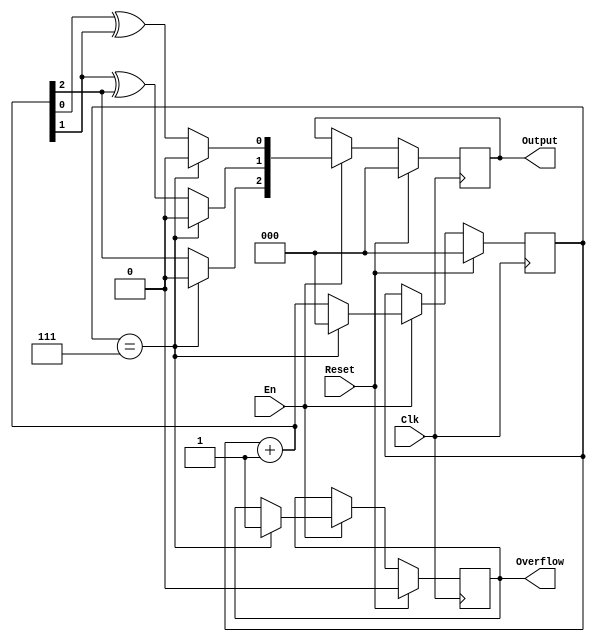
`timescale 1ns / 1ps
//////////////////////////////////////////////////////////////////////////////////
// Company: 
// Engineer: 
// 
// Design Name: 
// Module Name:    gray 
// Project Name: 
// Target Devices: 
// Tool versions: 
// Description: 
//
// Dependencies: 
//
// Revision: 
// Revision 0.01 - File Created
// Additional Comments: 
//
//////////////////////////////////////////////////////////////////////////////////
module gray(
    input Clk,
    input Reset,
    input En,
    output reg [2:0] Output,
    output reg Overflow
    );
	 
	reg [2:0] bin;
	integer i;
	
	initial begin
		Output <= 0;
		Overflow <= 0;
		bin <= 0;
	end
	
	always @(posedge Clk) begin
		if(Reset) begin
			Output <= 0;
			Overflow <= 0;
			bin <= 0;
		end
		else if(En) begin
			if(bin == 7) begin
				Output <= 0;
				Overflow <= 1;
				bin <= 0;
			end
			else begin
				bin = bin + 1;
				for(i=0;i<2;i=i+1)
					Output[i] = bin[i] ^ bin[i+1];
				Output[2] = bin[2];
			end
		end
	end

endmodule